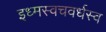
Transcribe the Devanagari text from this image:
इध्मस्वचवर्धस्व